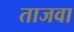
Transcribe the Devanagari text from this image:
ताजवा